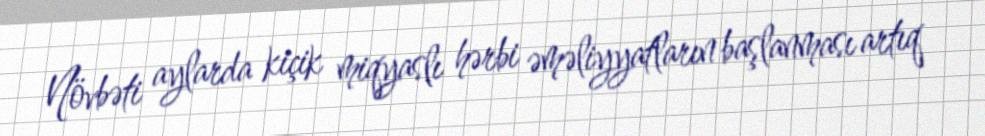
Növbəti aylarda kiçik miqyaslı hərbi əməliyyatların başlanması artıq